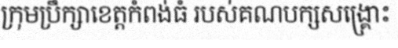
ក្រុមប្រឹក្សាខេត្តកំពង់ធំ របស់គណបក្សសង្គ្រោះ